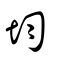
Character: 均